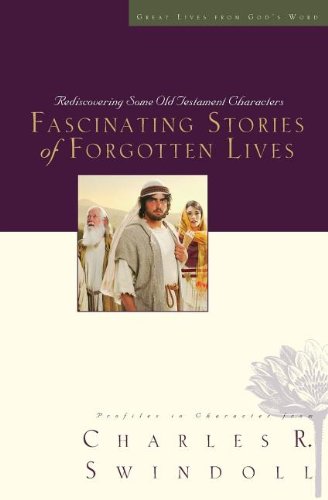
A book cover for Fascinating Stories of Forgotten Lives (Great Lives Series); Charles R. Swindoll; Christian Books & Bibles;